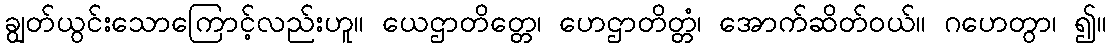
ချွတ်ယွင်းသောကြောင့်လည်းဟူ။ ယေဌာတိတ္တေ၊ ဟေဌာတိတ္တံ၊ အောက်ဆိတ်ဝယ်။ ဂဟေတွာ၊ ၍။